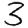
Digit: 3